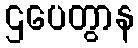
ဌပေတွာန